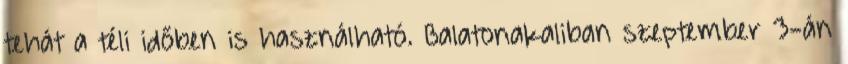
tehát a téli időben is használható. Balatonakaliban szeptember 3-án